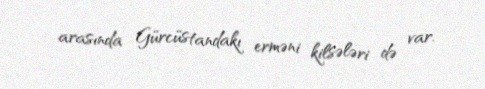
arasında Gürcüstandakı erməni kilsələri də var.